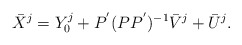
\begin{align*}\bar{X}^j =Y_0^j + P ^{'} (P P ^{'}) ^{-1} \bar{V}^j + \bar{U}^j.\end{align*}